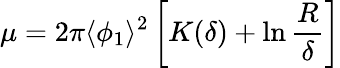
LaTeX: \mu=2\pi\langle\phi_{1}\rangle^{2}\left[K(\delta)+\ln{\frac{R}{\delta}}\right]